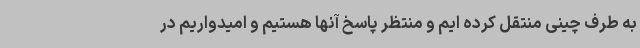
به طرف چینی منتقل کرده ایم و منتظر پاسخ آنها هستیم و امیدواریم در